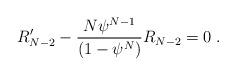
LaTeX: \begin{align*}R^{\prime}_{N-2}-\frac{N{\psi}^{N-1}}{(1-{\psi}^N)}R_{N-2}=0\;.\end{align*}